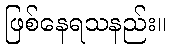
ဖြစ်နေရသနည်း။